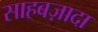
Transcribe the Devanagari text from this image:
साहबज़ादा